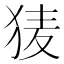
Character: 𭸌